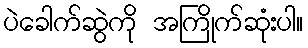
ပဲခေါက်ဆွဲကို အကြိုက်ဆုံးပါ။